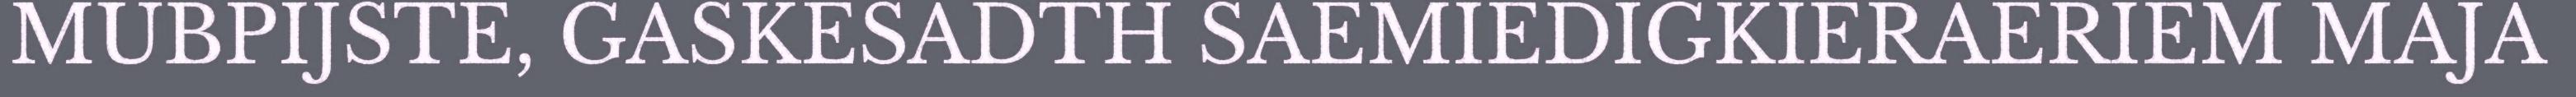
MUBPIJSTE, GASKESADTH SAEMIEDIGKIERAERIEM MAJA